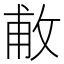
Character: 𢽊